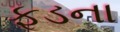
ફૂડના